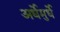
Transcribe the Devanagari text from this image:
अर्धेमुर्धे